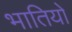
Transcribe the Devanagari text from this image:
भातियों